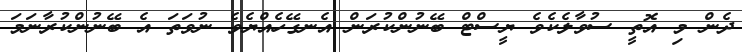
ދެން މި އޮތީ ސުވާލެކެވެ ޔީސްޓް ބޭނުންކުރަން އެނގޭހެއްޔެވެ ނުވަތަ އެ ބޭނުންކުރާނަމަ